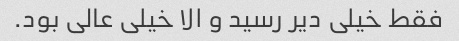
فقط خیلی دیر رسید و الا خیلی عالی بود.